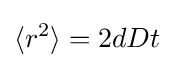
\langle r^{2}\rangle =2dDt